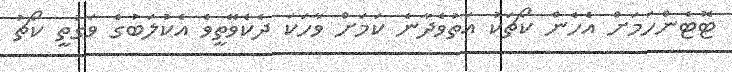
ޓޮޓެންހަމަށް އެހެން ކޯޗަކު އަތުވެދާނެ ކަމަށް ވާހަކަ ދެކެވޭތީވެ އެކުލަބުގެ ވަގުތީ ކޯޗު